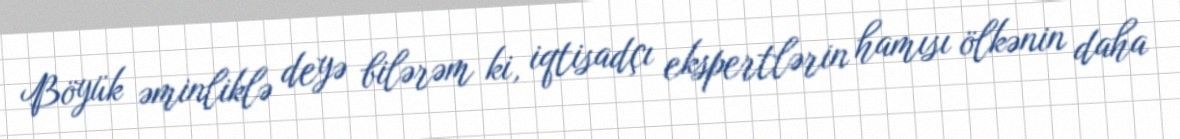
Böyük əminliklə deyə bilərəm ki, iqtisadçı ekspertlərin hamısı ölkənin daha